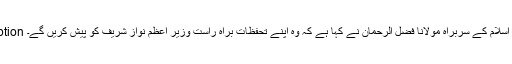
Image caption جمعیت علماء اسلام کے سربراہ مولانا فضل الرحمان نے کہا ہے کہ وہ اپنے تحفظات براہ راست وزیر اعظم نواز شریف کو پیش کریں گے۔